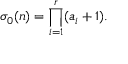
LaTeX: \sigma _ { 0 } ( n ) = \prod _ { i = 1 } ^ { r } ( a _ { i } + 1 ) .